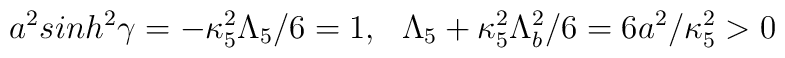
a^2sinh^2\gamma=-\kappa^2_5\Lambda_5/6=1,~~\Lambda_5+\kappa_5^2\Lambda_b^2/6=6a^2/\kappa^2_5 >0